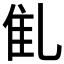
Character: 𠃲